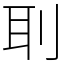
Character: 刵